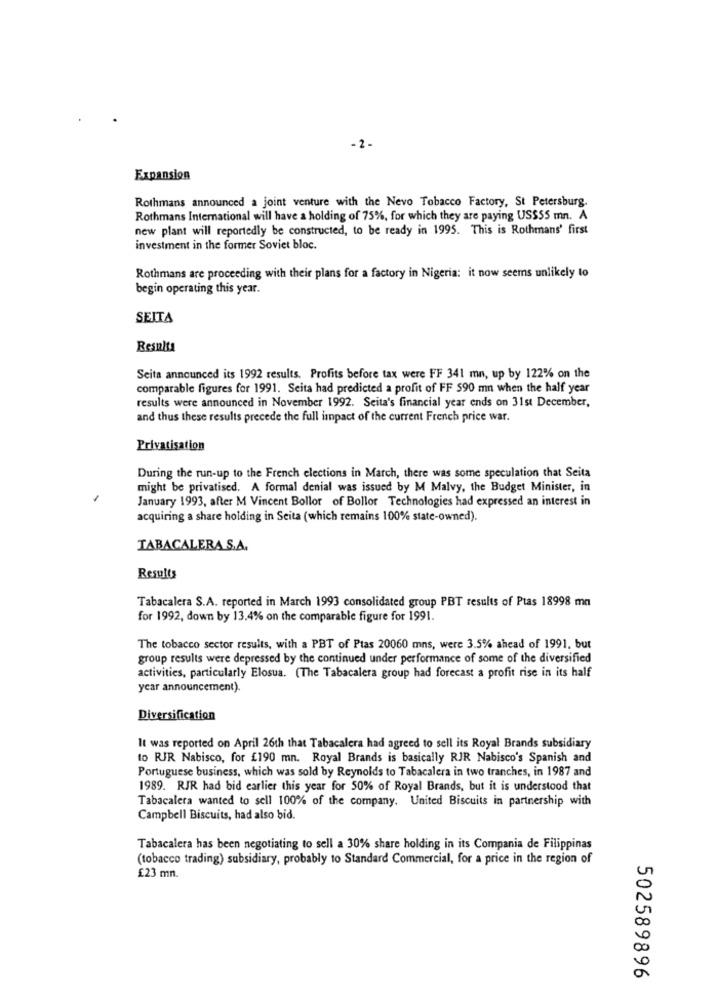
-2.
Expansion
Rothmans announced a joint venture with the Nevo Tobacco Factory, St Petersburg.
Rothmans International will have a holding of 75%, for which they are paying US$55 mn. A
new plant will reportedly be constructed, to be ready in 1995. This is Rothmans' first
investment in the former Soviet bloc.
Rothmans are proceeding with their plans for a factory in Nigeria: it now seems unlikely to
begin operating this year.
SEITA
Resulta
Seita announced its 1992 results. Profits before tax were FF 341 mn, up by 122% on the
comparable figures for 1991. Seita had predicted a profit of FF 590 mn when the half year
results were announced in November 1992. Seita's financial year ends on 31st December,
and thus these results precede the full impact of the current French price war.
Privatisation
During the run-up to the French elections in March, there was some speculation that Seita
might be privatised. A formal denial was issued by M Malvy, the Budget Minister, in
January 1993, after M Vincent Bollor of Bollor Technologies had expressed an interest in
acquiring a share holding in Scita (which remains 100% state-owned).
TABACALERA S.A.
Results
Tabacalera S.A. reported in March 1993 consolidated group PBT results of Ptas 18998 mn
for 1992, down by 13.4% on the comparable figure for 1991.
The tobacco sector results, with a PBT of Ptas 20060 mns, were 3.5% ahead of 1991, but
group results were depressed by the continued under performance of some of the diversified
activities, particularly Elosua. (The Tabacalera group had forecast a profit rise in its half
year announcement).
Diversification
It was reported on April 26th that Tabacalera had agreed to sell its Royal Brands subsidiary
to RJR Nabisco, for £190 mn. Royal Brands is basically RJR Nabisco's Spanish and
Portuguese business, which was sold by Reynolds to Tabacalera in two tranches, in 1987 and
1989. RJR had bid earlier this year for 50% of Royal Brands, but it is understood that
Tabacalera wanted to sell 100% of the company. United Biscuits in partnership with
Campbell Biscuits, had also bid.
Tabacalera has been negotiating to sell a 30% share holding in its Compania de Filippinas
(tobacco trading) subsidiary, probably to Standard Commercial, for a price in the region of
£23 mn.
502589896